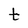
Character: t